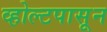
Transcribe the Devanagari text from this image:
व्होल्टपासून